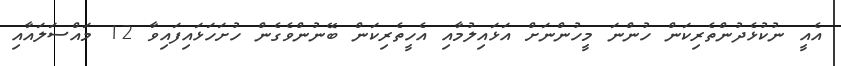
އެއީ ނުކުޅެދުންތެރިކަން ހުންނަ މީހުންނަށް އަޅައިލުމާއި އެހީތެރިކަން ބޭނުންވެގެން ހުށަހަޅައިފައިވާ 12 މައްސަލައާއި